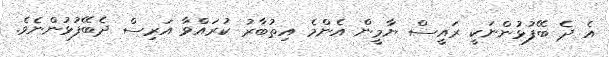
އެ ދެ ބޭފުޅުންނަކީ ރައީސް ޔާމީން އެންމެ އިތުބާރު ކުރައްވާ އަރިސް ދެބޭފުޅުންނެވެ.